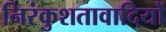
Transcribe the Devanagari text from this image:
निरंकुशतावादियों